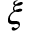
\xi